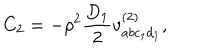
C _ { 2 } = - \rho ^ { 2 } \frac { D _ { 1 } } { 2 } v _ { a b c _ { 1 } d _ { 1 } } ^ { ( 2 ) } ,